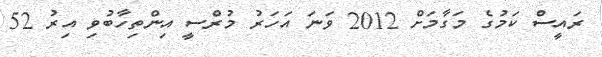
ރައީސް ކަމުގެ މަގާމަށް 2012 ވަނަ އަހަރު މުރްސީ އިންތިހާބުވި އިރު 52